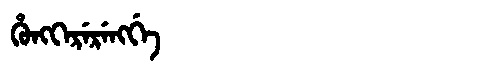
Manchu: ᡥᡠᠩᡴᡝᡵᡝᡵᡝᠩᡤᡝ
Romanization: HUNGKERERENGGE